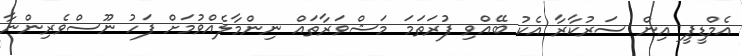
އެމްޑީޕީ އިން ސަރުކާރާ އެކު ބޭއްވި ފުރަތަމަ މަޝްވަރާތައް ނިންމާލެއްވުމަށް ފަހު ނޫސްވެރިންނާ